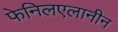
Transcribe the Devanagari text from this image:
फेनिलएलानीन